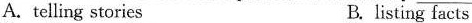
A.telling stories B. listing facts